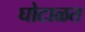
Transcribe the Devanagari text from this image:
घोटाळत